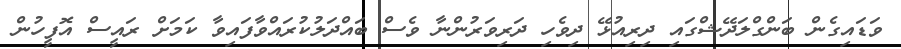
ވަޑައިގެން ބަންގްލަދޭޝްގައި ދިރިއުޅޭ ދިވެހި ދަރިވަރުންނާ ވެސް ބައްދަލުކުރައްވާފައިވާ ކަމަށް ރައީސް އޮފީހުން